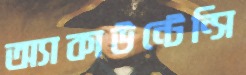
অ্যাকাউন্টেন্সি